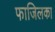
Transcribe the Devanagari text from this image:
फाजिलका